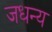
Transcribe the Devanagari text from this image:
जधन्य